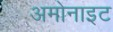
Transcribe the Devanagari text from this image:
अमोनाइट